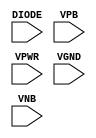
module sky130_fd_sc_hvl__diode (
    //# {{power|Power}}
    input DIODE,
    input VPB  ,
    input VPWR ,
    input VGND ,
    input VNB
);
endmodule